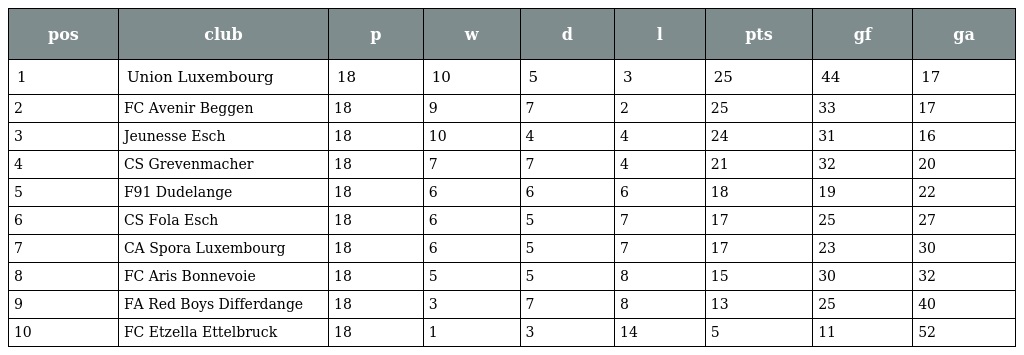
| pos | club | p | w | d | l | pts | gf | ga |
 | --- | --- | --- | --- | --- | --- | --- | --- | --- |
 | 1 | Union Luxembourg | 18 | 10 | 5 | 3 | 25 | 44 | 17 |
 | 2 | FC Avenir Beggen | 18 | 9 | 7 | 2 | 25 | 33 | 17 |
 | 3 | Jeunesse Esch | 18 | 10 | 4 | 4 | 24 | 31 | 16 |
 | 4 | CS Grevenmacher | 18 | 7 | 7 | 4 | 21 | 32 | 20 |
 | 5 | F91 Dudelange | 18 | 6 | 6 | 6 | 18 | 19 | 22 |
 | 6 | CS Fola Esch | 18 | 6 | 5 | 7 | 17 | 25 | 27 |
 | 7 | CA Spora Luxembourg | 18 | 6 | 5 | 7 | 17 | 23 | 30 |
 | 8 | FC Aris Bonnevoie | 18 | 5 | 5 | 8 | 15 | 30 | 32 |
 | 9 | FA Red Boys Differdange | 18 | 3 | 7 | 8 | 13 | 25 | 40 |
 | 10 | FC Etzella Ettelbruck | 18 | 1 | 3 | 14 | 5 | 11 | 52 |